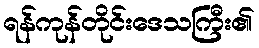
ရန်ကုန်တိုင်းဒေသကြီး၏